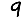
Digit: 9